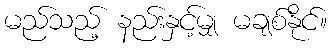
မည်သည့် နည်းနှင့်မျှ မချစ်နိုင်။